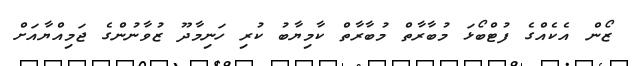
ޒޯން އެކެއްގެ ފުޓްބޯޅަ މުބާރާތް މުބާރާތް ކާމިޔާބު ކުރި ހަނިމާދޫ ޒުވާނުންގެ ޖަމިއްޔާއަށް